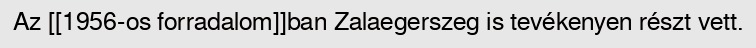
Az [[1956-os forradalom]]ban Zalaegerszeg is tevékenyen részt vett.